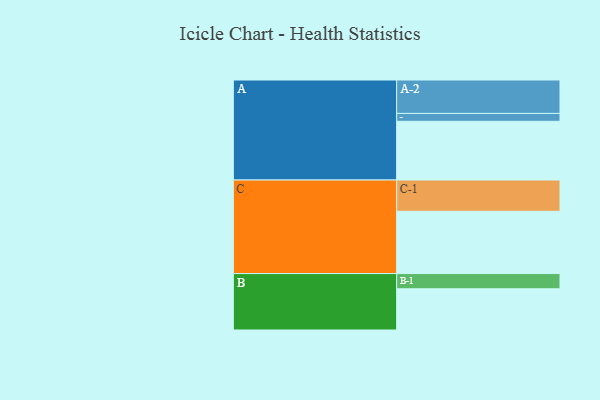
{"axis": {"x": "Segment", "y": "Value"}, "legend": ["", "A", "B", "C"], "data": [{"x": "A", "y": 513, "type": ""}, {"x": "B", "y": 360, "type": ""}, {"x": "C", "y": 544, "type": ""}, {"x": "A-1", "y": 69, "type": "A"}, {"x": "A-2", "y": 292, "type": "A"}, {"x": "B-1", "y": 133, "type": "B"}, {"x": "C-1", "y": 273, "type": "C"}]}